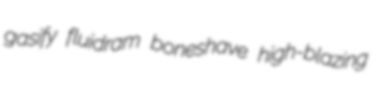
gasify fluidram boneshave high-blazing